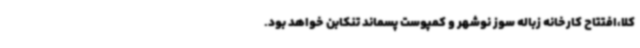
کلا،افتتاح کارخانه زباله سوز نوشهر و کمپوست پسماند تنکابن خواهد بود.